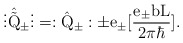
\begin{align*}\vdots \hat{\tilde{\rm Q}}_{\pm} \vdots = :\hat{\rm Q}_{\pm}: \pm e_{\pm} [\frac{e_{\pm}b{\rm L}}{2{\pi}{\hbar}}].\end{align*}